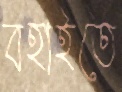
বহাইতে